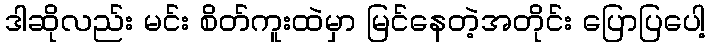
ဒါဆိုလည်း မင်း စိတ်ကူးထဲမှာ မြင်နေတဲ့အတိုင်း ပြောပြပေါ့